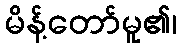
မိန့်တော်မူ၏၊